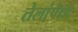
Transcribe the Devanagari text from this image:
तेलांपेक्षा